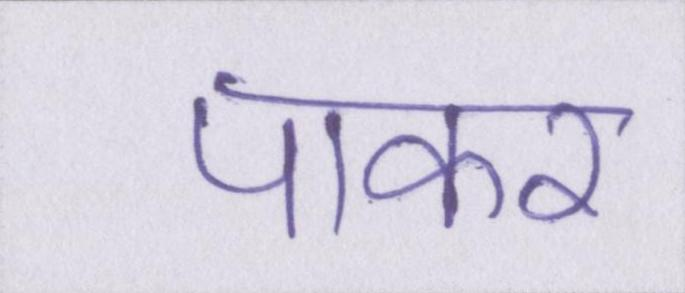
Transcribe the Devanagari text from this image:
पाकर